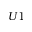
U 1